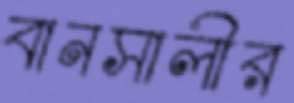
বানসালীর